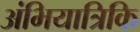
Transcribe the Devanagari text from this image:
अंभियात्रिकि